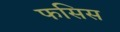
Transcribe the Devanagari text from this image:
फसिस